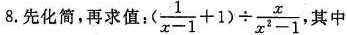
8.先化简，再求值：( $$\frac { 1 } { x - 1 } + 1 ) \div \frac { x } { x ^ { 2 } - 1 }$$，其中